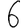
Digit: 6